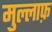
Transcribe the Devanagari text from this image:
मुल्लाफ़